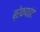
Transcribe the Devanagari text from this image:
ब्रेकपाइंट